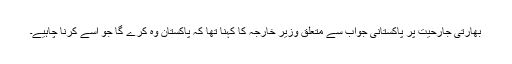
بھارتی جارحیت پر پاکستانی جواب سے متعلق وزیر خارجہ کا کہنا تھا کہ پاکستان وہ کرے گا جو اسے کرنا چاہیے۔